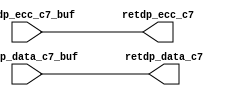
// ========== Copyright Header Begin ==========================================
// 
// OpenSPARC T1 Processor File: sctag_retbuf.v
// Copyright (c) 2006 Sun Microsystems, Inc.  All Rights Reserved.
// DO NOT ALTER OR REMOVE COPYRIGHT NOTICES.
// 
// The above named program is free software; you can redistribute it and/or
// modify it under the terms of the GNU General Public
// License version 2 as published by the Free Software Foundation.
// 
// The above named program is distributed in the hope that it will be 
// useful, but WITHOUT ANY WARRANTY; without even the implied warranty of
// MERCHANTABILITY or FITNESS FOR A PARTICULAR PURPOSE.  See the GNU
// General Public License for more details.
// 
// You should have received a copy of the GNU General Public
// License along with this work; if not, write to the Free Software
// Foundation, Inc., 51 Franklin St, Fifth Floor, Boston, MA 02110-1301, USA.
// 
// ========== Copyright Header End ============================================

module sctag_retbuf(/*AUTOARG*/
   // Outputs
   retdp_data_c7, retdp_ecc_c7, 
   // Inputs
   retdp_data_c7_buf, retdp_ecc_c7_buf
   );

// Use the same pin posit ions as that used for
// the lhs of retdp.

output  [127:0]  retdp_data_c7;
output  [ 27:0]  retdp_ecc_c7;

input  [127:0]  retdp_data_c7_buf;
input  [ 27:0]  retdp_ecc_c7_buf;



// arrange these buffers in 16 rows and 10 columns
// row0 ->{ data[2:0],ecc[6:0]}
// row1 ->{ data[12:3]}
// row2 ->{ data[22:13]}
// row3 ->{ data[31:23]}
// and so 0n. Buffer the outputs of each 
// bit with a 40x buffer/inverter.

assign	retdp_data_c7 = retdp_data_c7_buf ;
assign	retdp_ecc_c7 = retdp_ecc_c7_buf ;


endmodule